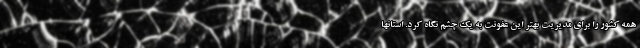
همه کشور را برای مدیریت بهتر این عفونت به یک چشم نگاه کرد. استانها